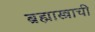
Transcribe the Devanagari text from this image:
ब्रह्मास्त्राची